Scottish Leaving Certificate Examination, 1957
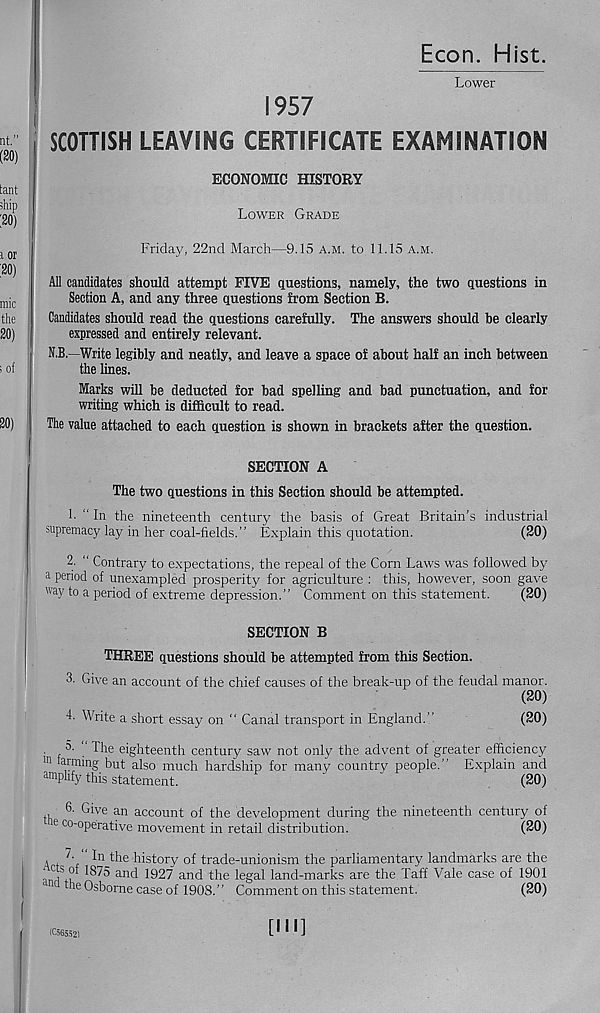
Econ. Hist.
Lower
1957
SCOTTISH LEAVING CERTIFICATE EXAMINATION
ECONOMIC HISTORY
Lower Grade
Friday, 22nd March—9.15 a.m. to 11.15 a.m.
All candidates should attempt FIVE questions, namely, the two questions in
Section A, and any three questions from Section B.
Candidates should read the questions carefully. The answers should be clearly
expressed and entirely relevant.
N.B.—Write legibly and neatly, and leave a space of about half an inch between
the lines.
Marks will be deducted for bad spelling and bad punctuation, and for
writing which is difficult to read.
The value attached to each question is shown in brackets after the question.
SECTION A
The two questions in this Section should be attempted.
h “ In the nineteenth century the basis of Great Britain’s industrial
supremacy lay in her coal-fields.” Explain this quotation.
(20)
2. " Contrary to expectations, the repeal of the Corn Laws was followed by
a period of unexampled prosperity for agriculture : this, however, soon gave
way to a period of extreme depression.” Comment on this statement.
(20)
SECTION B
THREE questions should be attempted from this Section.
3. Give an account of the chief causes of the break-up of the feudal manor.
(20)
4- Write a short essay on “ Canal transport in England.”
(20)
. 5. “ The eighteenth century saw not only the advent of greater efficiency
ln ™ning but also much hardship for many country people.” Explain and
amplify this statement.
'
^
(20)
6. Give an account of the development during the nineteenth century of
e C0 '°P e rative movement in retail distribution.
(20)
, /• " In the history of trade-unionism the parliamentary landmarks are the
‘ < T °f 1875 and 1927 and the legal land-marks are the Taff Vale case of 1901
the Osborne case of 1908.” Comment on this statement.
(20)
(C565521
[Ml]